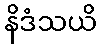
နိဒံသယိ